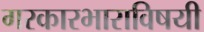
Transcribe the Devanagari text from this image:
गरकारभाराविषयी